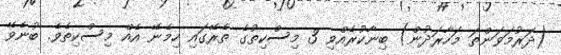
(ދަރުމަވަންތަ މަހާރަދުން) ބިނާކުރެއްވި 3 މިސްކިތުގެ ތެރޭގައި ހިމެނޭ އެއް މިސްކިތެވެ. ބުނެވޭ